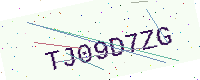
Text: TJ09D7ZG